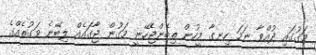
މަގުގައި ދުއްވާ ނަމަ ހިނގާ މީހުން ތިބެންޖެހޭނީ މަގުން ޖާގައެއް ލިބޭނެ ވަގުތެއްގެ